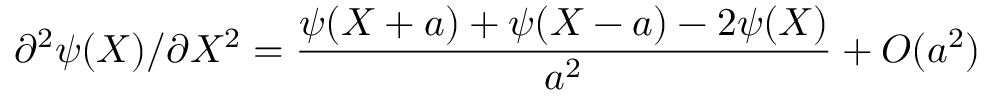
\partial ^ { 2 } \psi ( X ) / \partial X ^ { 2 } = \frac { \psi ( X + a ) + \psi ( X - a ) - 2 \psi ( X ) } { a ^ { 2 } } + O ( a ^ { 2 } )